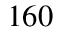
1 6 0